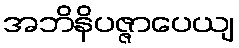
အဘိနိပဇ္ဇာပေယျ